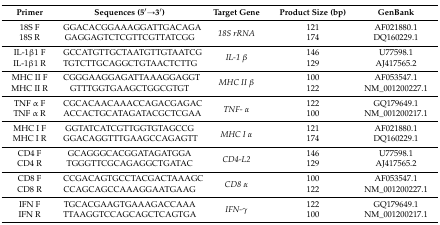
<table><thead><tr><td><b>Primer</b></td><td><b>Sequences (5′→3′)</b></td><td><b>Target Gene</b></td><td><b>Product Size (bp)</b></td><td><b>GenBank</b></td></tr></thead><tbody><tr><td>18S F</td><td>GGACACGGAAAGGATTGACAGA</td><td rowspan="2"><i>18S rRNA</i></td><td>121</td><td>AF021880.1</td></tr><tr><td>18S R</td><td>GAGGAGTCTCGTTCGTTATCGG</td><td>174</td><td>DQ160229.1</td></tr><tr><td>IL-1β1 F</td><td>GCCATGTTGCTAATGTTGTAATCG</td><td rowspan="2"><i>IL-1</i><i>β</i></td><td>146</td><td>U77598.1</td></tr><tr><td>IL-1β1 R</td><td>TGTCTTGCAGGCTGTAACTCTTG</td><td>129</td><td>AJ417565.2</td></tr><tr><td>MHC II F</td><td>CGGGAAGGAGATTAAAGGAGGT</td><td rowspan="2"><i>MHC II</i><i>β</i></td><td>100</td><td>AF053547.1</td></tr><tr><td>MHC II R</td><td>GTTTGGTGAAGCTGGCGTGT</td><td>122</td><td>NM_001200227.1</td></tr><tr><td>TNF α F</td><td>CGCACAACAAACCAGACGAGAC</td><td rowspan="2"><i>TNF-</i><i>α</i></td><td>122</td><td>GQ179649.1</td></tr><tr><td>TNF α R</td><td>ACCACTGCATAGATACGCTCGAA</td><td>100</td><td>NM_001200217.1</td></tr><tr><td>MHC I F</td><td>GGTATCATCGTTGGTGTAGCCG</td><td rowspan="2"><i>MHC I</i><i>α</i></td><td>121</td><td>AF021880.1</td></tr><tr><td>MHC I R</td><td>GGACAGGTTTGAAGCCAGAGTT</td><td>174</td><td>DQ160229.1</td></tr><tr><td>CD4 F</td><td>GCAGGGCACGGATAGATGGA</td><td rowspan="2"><i>CD4-L2</i></td><td>146</td><td>U77598.1</td></tr><tr><td>CD4 R</td><td>TGGGTTCGCAGAGGCTGATAC</td><td>129</td><td>AJ417565.2</td></tr><tr><td>CD8 F</td><td>CCGACAGTGCCTACGACTAAAGC</td><td rowspan="2"><i>CD8</i><i>α</i></td><td>100</td><td>AF053547.1</td></tr><tr><td>CD8 R</td><td>CCAGCAGCCAAAGGAATGAAG</td><td>122</td><td>NM_001200227.1</td></tr><tr><td>IFN F</td><td>TGCACGAAGTGAAAGACCAAA</td><td rowspan="2"><i>IFN-γ</i></td><td>122</td><td>GQ179649.1</td></tr><tr><td>IFN R</td><td>TTAAGGTCCAGCAGCTCAGTGA</td><td>100</td><td>NM_001200217.1</td></tr></tbody></table>